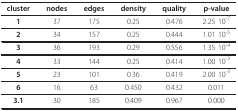
<table><thead><tr><td><b>cluster</b></td><td><b>nodes</b></td><td><b>edges</b></td><td><b>density</b></td><td><b>quality</b></td><td><b>p-value</b></td></tr></thead><tbody><tr><td><b>1</b></td><td>37</td><td>175</td><td>0.25</td><td>0.476</td><td>2.25 10<sup>-7</sup></td></tr><tr><td><b>2</b></td><td>34</td><td>157</td><td>0.25</td><td>0.444</td><td>1.01 10<sup>-5</sup></td></tr><tr><td><b>3</b></td><td>36</td><td>193</td><td>0.29</td><td>0.556</td><td>1.35 10<sup>-4</sup></td></tr><tr><td><b>4</b></td><td>33</td><td>144</td><td>0.25</td><td>0.414</td><td>1.00 10<sup>-3</sup></td></tr><tr><td><b>5</b></td><td>23</td><td>101</td><td>0.36</td><td>0.419</td><td>2.00 10<sup>-3</sup></td></tr><tr><td><b>6</b></td><td>16</td><td>63</td><td>0.450</td><td>0.432</td><td>0.011</td></tr><tr><td><b>3.1</b></td><td>30</td><td>185</td><td>0.409</td><td>0.967</td><td>0.000</td></tr></tbody></table>